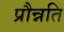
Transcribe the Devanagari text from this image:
प्रौन्नति